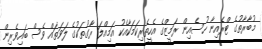
މުބާރާތުގެ ޓްރެއިނާ ހުސެއިން ރަމީޒްގެ އެހީތެރިކަމަކާއެކު އަމިއްލަ ރާގުތަކުގެ ލަވަތައް ވެސް ބައިވެރިން